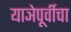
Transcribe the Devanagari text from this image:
याञेपूर्वीचा